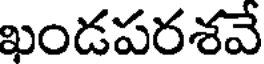
ఖండపరశవే